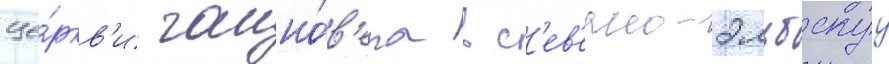
це́ркв'и ганно́в'ера в с'ев'ерно-эльбскуу